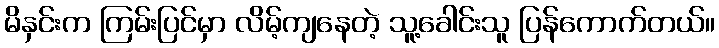
မိနှင်းက ကြမ်းပြင်မှာ လိမ့်ကျနေတဲ့ သူ့ခေါင်းသူ ပြန်ကောက်တယ်။